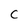
Character: c